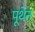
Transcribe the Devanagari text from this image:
पूथेन